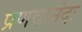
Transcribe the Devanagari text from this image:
प्रणवानंदः